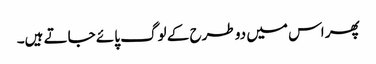
پھر اس میں دو طرح کے لوگ پائے جاتے ہیں۔